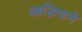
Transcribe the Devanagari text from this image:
आडिगाने